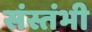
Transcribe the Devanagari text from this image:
संस्तंभी